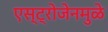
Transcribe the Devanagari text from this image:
एस्ट्रोजेनमुळे